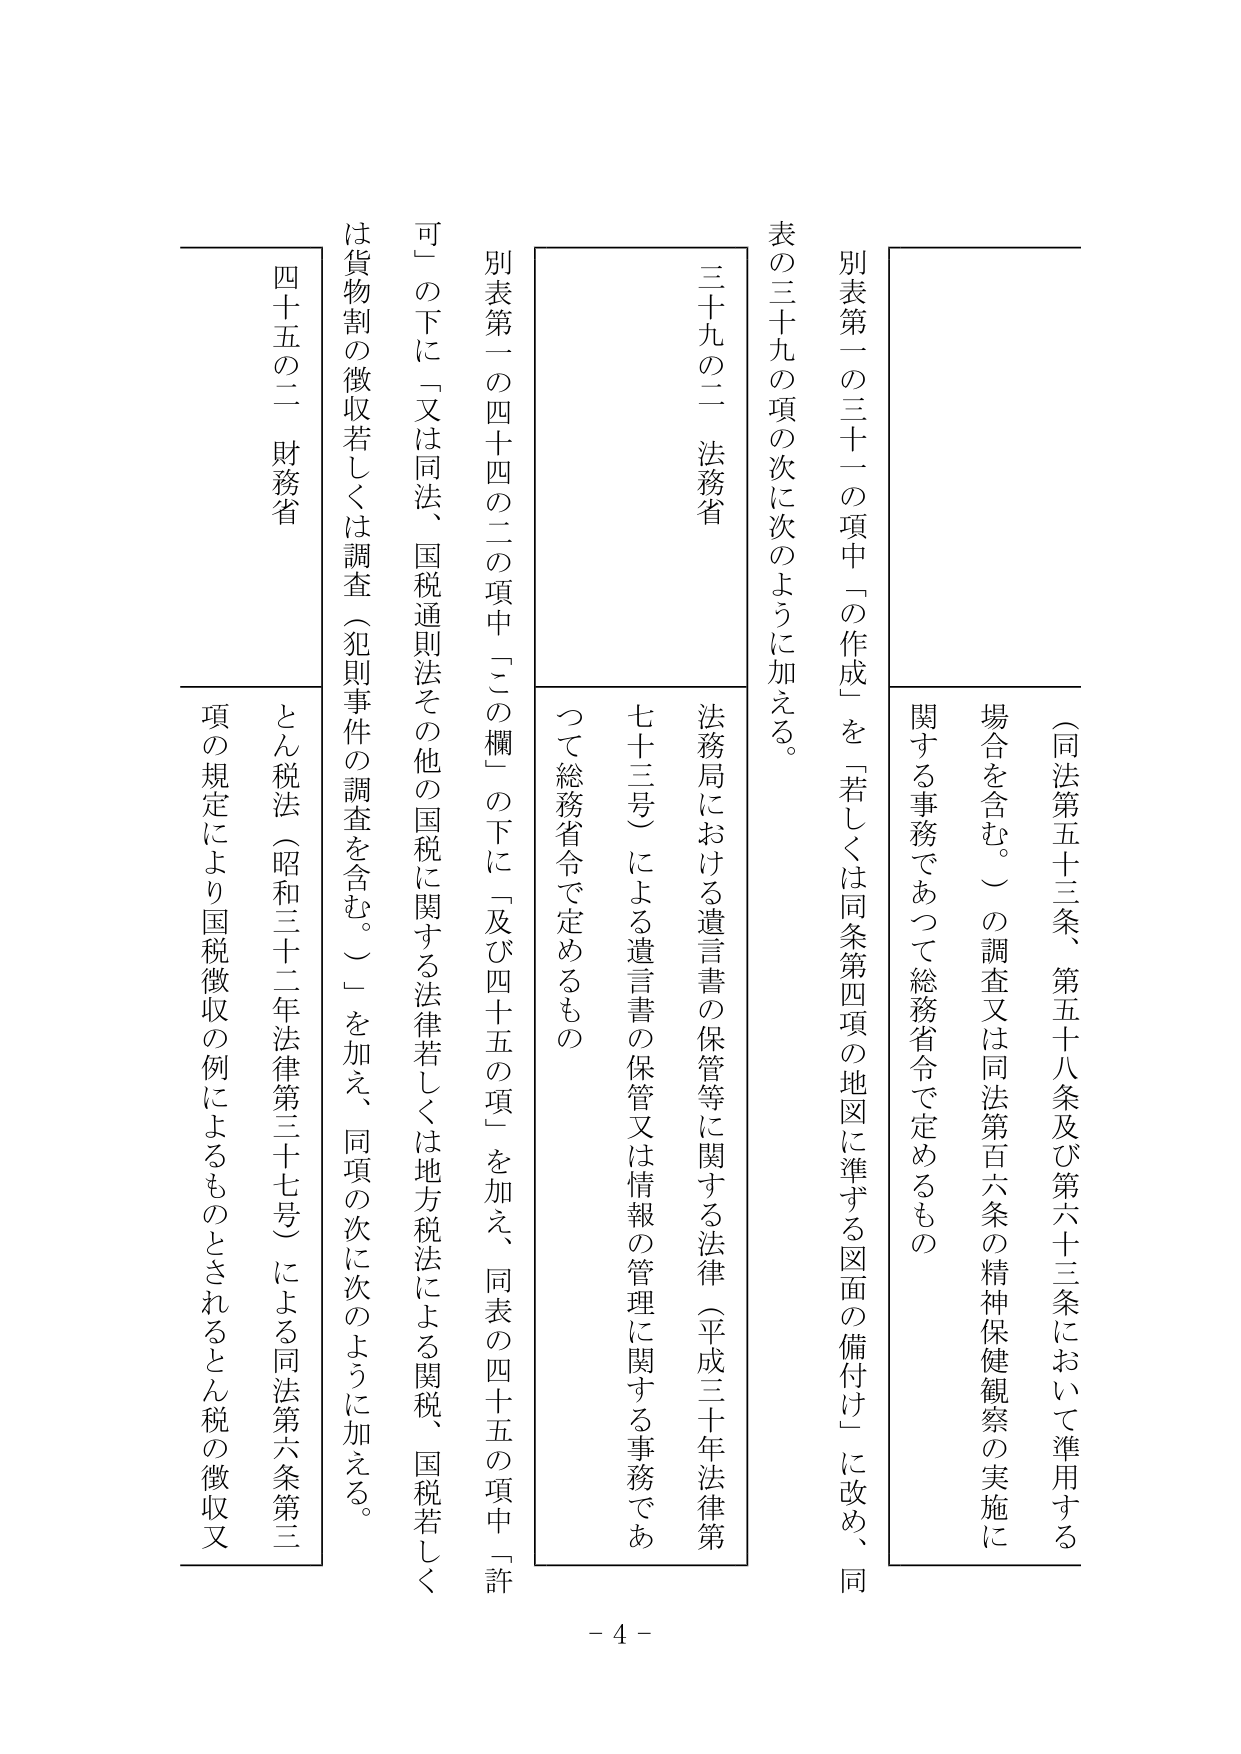
（同法第五十三条、第五十八条及び第六十三条において準用する場合を含む。）の調査又は同法第百六条の精神保健観察の実施に関する事務であつて総務省令で定めるもの

別表第一の三十一の項中「の作成」を「若しくは同条第四項の地図に準ずる図面の備付け」に改め、同表の三十九の項の次に次のように加える。

三十九の二 法務省

法務局における遺言書の保管等に関する法律（平成三十年法律第七十三号）による遺言書の保管又は情報の管理に関する事務であつて総務省令で定めるもの

別表第一の四十四の二の項中「」の欄」の下に「及び四十五の項」を加え、同表の四十五の項中「許可」の下に「又は同法、国税通則法その他の国税に関する法律若しくは地方税法による関税、国税若しくは貨物割の徴収若しくは調査（犯則事件の調査を含む。）」を加え、同項の次に次のように加える。

四十五の二 財務省

とん税法（昭和三十二年法律第三十七号）による同法第六条第三項の規定により国税徴収の例によるものとされるとん税の徴収又

- 4 -